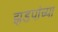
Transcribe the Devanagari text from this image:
झडपांच्या